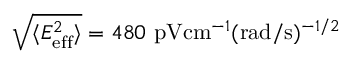
\sqrt { \langle E _ { \mathrm { e f f } } ^ { 2 } \rangle } = 4 8 0 \ \mathrm { p V } \mathrm { c m } ^ { - 1 } ( \mathrm { r a d } / \mathrm { s } ) ^ { - 1 / 2 }